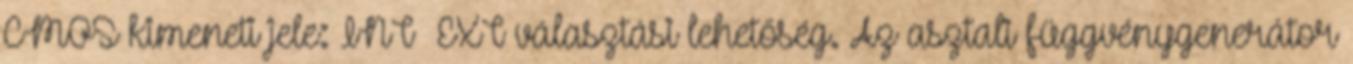
CMOS kimeneti jele: INT EXT választási lehetőség. Az asztali függvénygenerátor